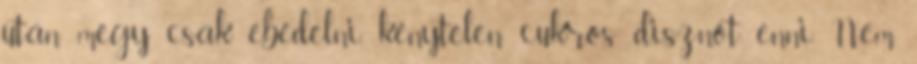
után megy csak ebédelni, kénytelen cukros disznót enni. Nem